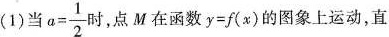
(1)当$$a= \frac{1}{2}$$ 时，点M在函数$$y=f(x)$$的图象上运动，直